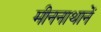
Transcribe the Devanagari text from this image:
मीननाथानें